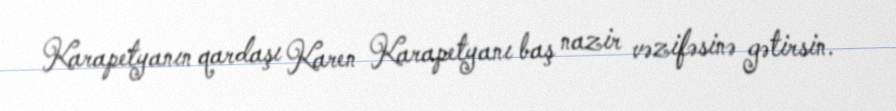
Karapetyanın qardaşı Karen Karapetyanı baş nazir vəzifəsinə gətirsin.